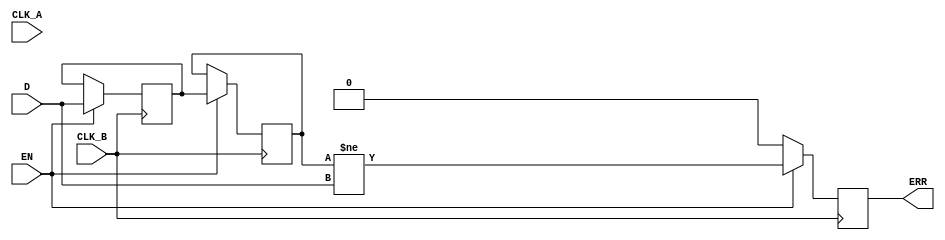
module cdc_detector (
    input wire D,            // Data signal crossing from CLK_A to CLK_B
    input wire CLK_A,        // Source clock
    input wire CLK_B,        // Destination clock
    input wire EN,          // Enable signal for the CDC detector
    output reg ERR          // Error signal output
);

    // Internal signals for synchronization
    reg D_sync1, D_sync2;

    // Synchronization process
    always @(posedge CLK_B) begin
        if (EN) begin
            D_sync1 <= D;          // First stage of synchronization
            D_sync2 <= D_sync1;    // Second stage of synchronization
        end
    end

    // Error detection logic
    always @(posedge CLK_B) begin
        if (EN) begin
            // Check for discrepancy between original data and synchronized output
            ERR <= (D_sync2 != D);
        end else begin
            ERR <= 1'b0;            // Reset error signal when disabled
        end
    end

endmodule